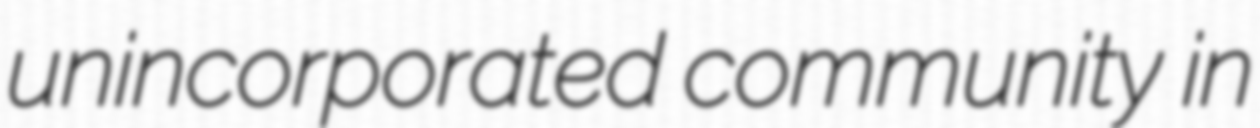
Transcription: unincorporated community in